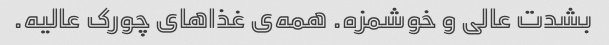
بشدت عالی و خوشمزه. همه‌ی غذا‌های چورک عالیه.